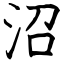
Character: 沼